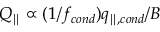
Q _ { \parallel } \propto ( 1 / f _ { c o n d } ) q _ { \parallel , c o n d } / B